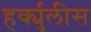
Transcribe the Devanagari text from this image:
हर्क्युलीस